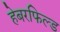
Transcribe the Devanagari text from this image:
हेबरफिल्ड